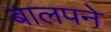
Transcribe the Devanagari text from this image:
बालपने